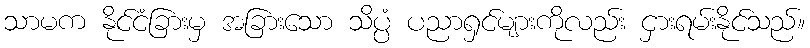
သာမက နိုင်ငံခြားမှ အခြားသော သိပ္ပံ ပညာရှင်များကိုလည်း ငှားရမ်းနိုင်သည်။